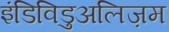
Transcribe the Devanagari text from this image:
इंडिविडुअलिज़म